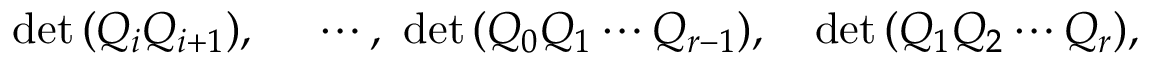
\quad \mathrm { d e t } \, ( Q _ { i } Q _ { i + 1 } ) , \quad \, \, \cdots , \, \, \mathrm { d e t } \, ( Q _ { 0 } Q _ { 1 } \cdots Q _ { r - 1 } ) , \quad \mathrm { d e t } \, ( Q _ { 1 } Q _ { 2 } \cdots Q _ { r } ) ,